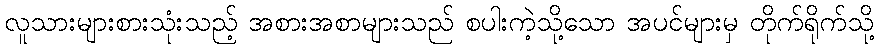
လူသားများစားသုံးသည့် အစားအစာများသည် စပါးကဲ့သို့သော အပင်များမှ တိုက်ရိုက်သို့